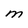
Character: M